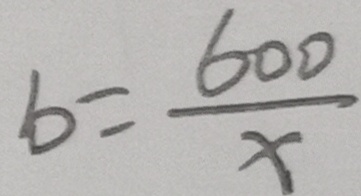
b = \frac { 6 0 0 } { x }